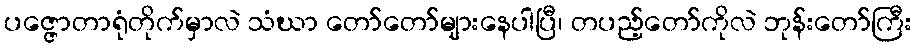
ပဇ္ဇောတာရုံတိုက်မှာလဲ သံဃာ တော်တော်များနေပါပြီ၊ တပည့်တော်ကိုလဲ ဘုန်းတော်ကြီး